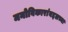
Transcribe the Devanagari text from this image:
मनोविकारांबद्दलच्या